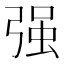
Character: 强